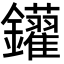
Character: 𨰑